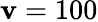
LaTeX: \mathbf{v}=100